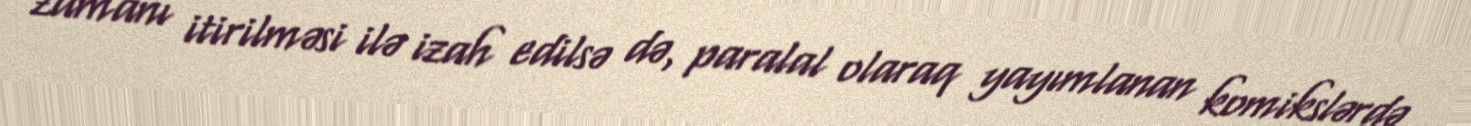
zamanı itirilməsi ilə izah edilsə də, paralal olaraq yayımlanan komikslərdə